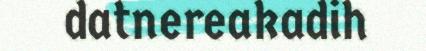
datnereakadih